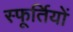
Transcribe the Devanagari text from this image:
स्फूर्तियों